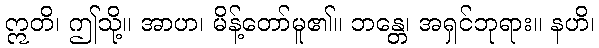
ဣတိ၊ ဤသို့။ အာဟ၊ မိန့်တော်မူ၏။ ဘန္တေ၊ အရှင်ဘုရား။ နဟိ၊